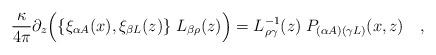
LaTeX: \begin{align*}{\kappa \over{ 4\pi}}\partial_z\Bigl(\{\xi_{\alpha A}(x),\xi_{\beta L}(z)\}\;L_{\beta\rho}(z)\Bigr) = L_{\rho\gamma}^{-1}(z) \;P_{(\alpha A)(\gamma L)}(x,z)\quad,\end{align*}